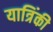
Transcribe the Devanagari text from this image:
यात्रिंकी